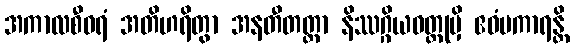
အကာလစီဝရံ အတိဟရိတွာ အနတီတတ္တာ နိဿဂ္ဂိယဝတ္ထုမှိ ဧဝံပကာရန္တိ